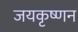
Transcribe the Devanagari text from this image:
जयकृष्णन